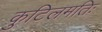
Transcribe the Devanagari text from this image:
कुटिलमतिः